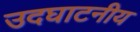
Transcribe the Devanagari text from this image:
उदघाटनीय